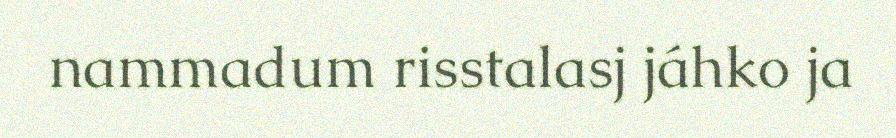
nammadum risstalasj jáhko ja